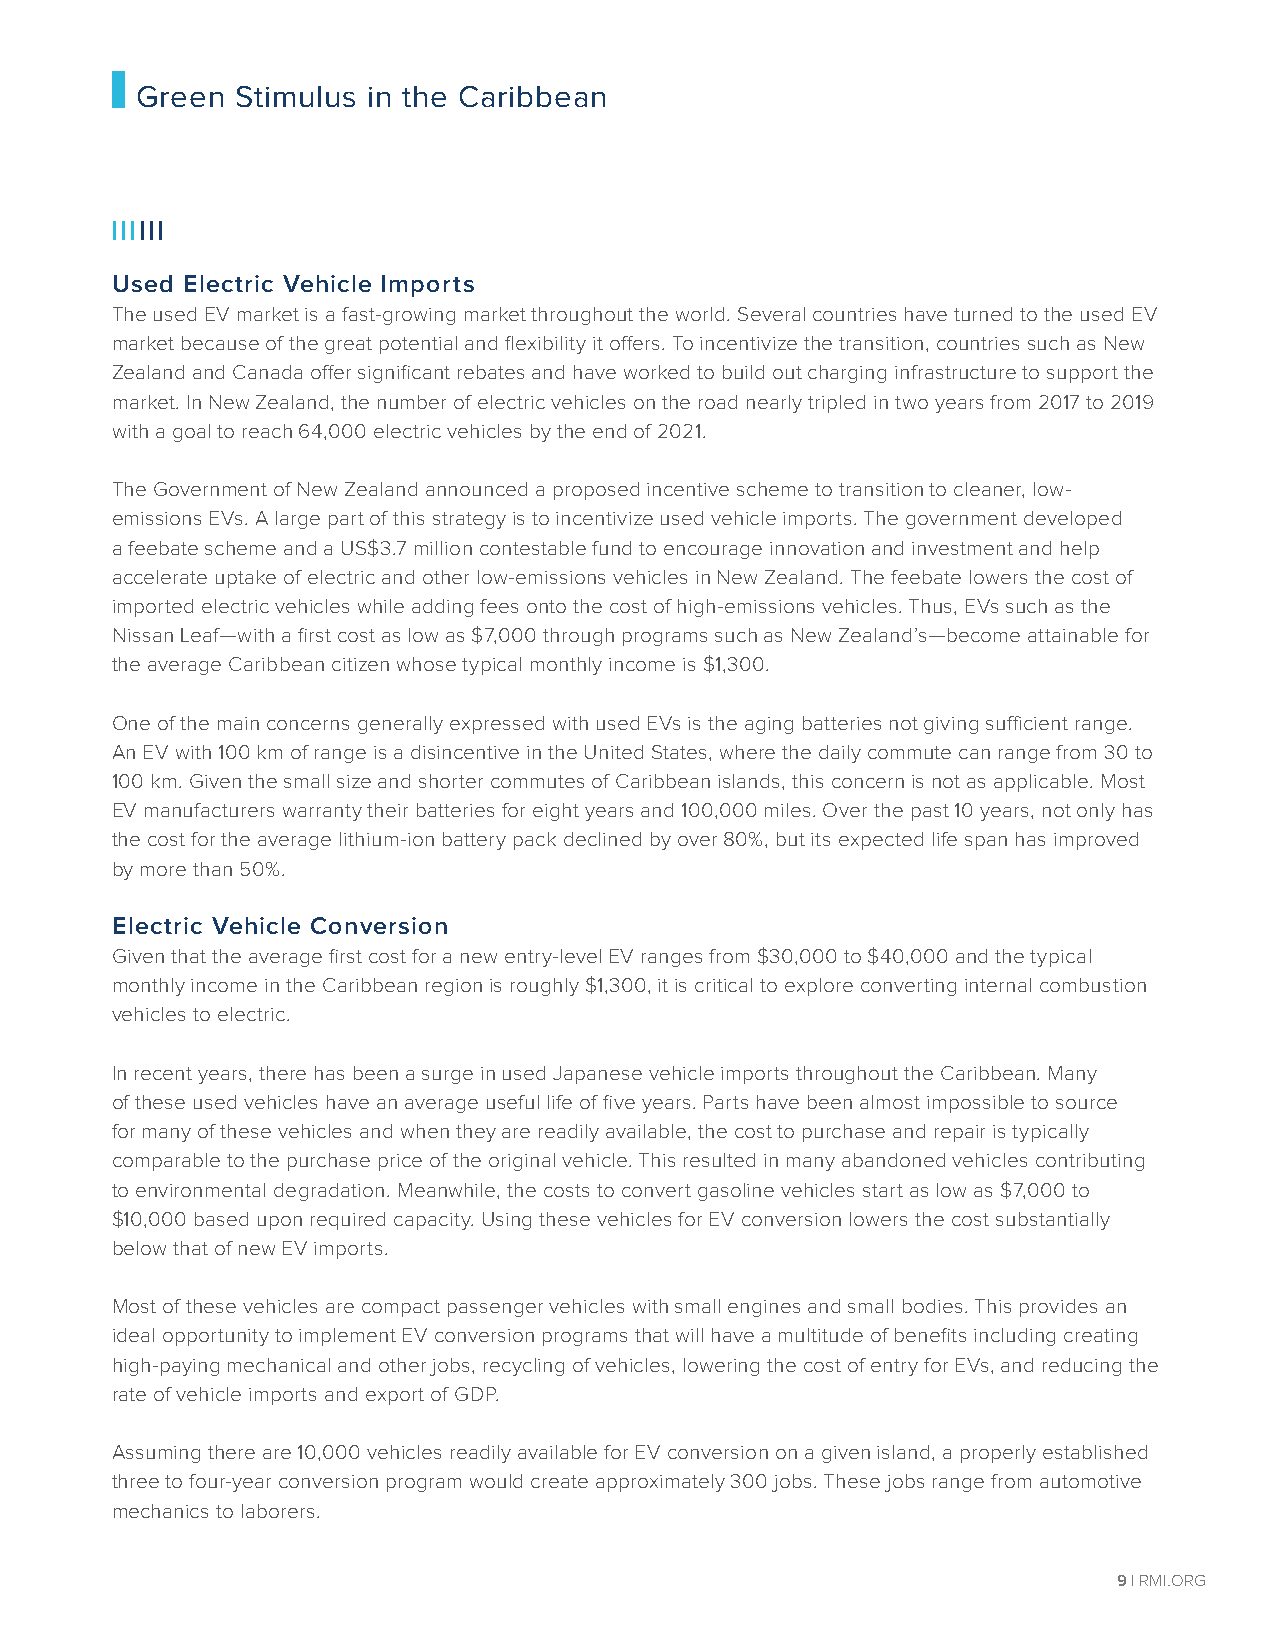
Green  Stimulus in the Caribbean
 IIIIII
 Used Electric Vehicle Imports
 The used EV market is a fast-growing market throughout the world. Several countries have turned to the used EV
 market because of the great potential and flexibility it offers. To incentivize the transition, countries such as New
 Zealand and Canada offer significant rebates and have worked to build out charging infrastructure to support the
 market. In New Zealand, the number of electric vehicles on the road nearly tripled in two years from 2017 to 2019
 with a goal to reach 64,000 electric vehicles by the end of 2021.
 The Government of New Zealand announced a proposed incentive scheme to transition to cleaner, low-
 emissions EVs. A large part of this strategy is to incentivize used vehicle imports. The government developed
 a feebate scheme and a US$3.7 million contestable fund to encourage innovation and investment and help
 accelerate uptake of electric and other low-emissions vehicles in New Zealand. The feebate lowers the cost of
 imported electric vehicles while adding fees onto the cost of high-emissions vehicles. Thus, EVs such as the
 Nissan Leaf—with a first cost as low as $7,000 through programs such as New Zealand’s—become attainable for
 the average Caribbean citizen whose typical monthly income is $1,300.
 One of the main concerns generally expressed with used EVs is the aging batteries not giving sufficient range.
 An EV with 100 km of range is a disincentive in the United States, where the daily commute can range from 30 to
 100 km. Given the small size and shorter commutes of Caribbean islands, this concern is not as applicable. Most
 EV manufacturers warranty their batteries for eight years and 100,000 miles. Over the past 10 years, not only has
 the cost for the average lithium-ion battery pack declined by over 80%, but its expected life span has improved
 by more than 50%.
 Electric Vehicle Conversion
 Given that the average first cost for a new entry-level EV ranges from $30,000 to $40,000 and the typical
 monthly income in the Caribbean region is roughly $1,300, it is critical to explore converting internal combustion
 vehicles to electric.
 In recent years, there has been a surge in used Japanese vehicle imports throughout the Caribbean. Many
 of these used vehicles have an average useful life of five years. Parts have been almost impossible to source
 for many of these vehicles and when they are readily available, the cost to purchase and repair is typically
 comparable to the purchase price of the original vehicle. This resulted in many abandoned vehicles contributing
 to environmental degradation. Meanwhile, the costs to convert gasoline vehicles start as low as $7,000 to
 $10,000 based upon required capacity. Using these vehicles for EV conversion lowers the cost substantially
 below that of new EV imports.
 Most of these vehicles are compact passenger vehicles with small engines and small bodies. This provides an
 ideal opportunity to implement EV conversion programs that will have a multitude of benefits including creating
 high-paying mechanical and other jobs, recycling of vehicles, lowering the cost of entry for EVs, and reducing the
 rate of vehicle imports and export of GDP.
 Assuming there are 10,000 vehicles readily available for EV conversion on a given island, a properly established
 three to four-year conversion program would create approximately 300 jobs. These jobs range from automotive
 mechanics to laborers.
 9 | RMI.ORG